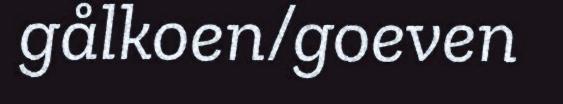
gålkoen/goeven